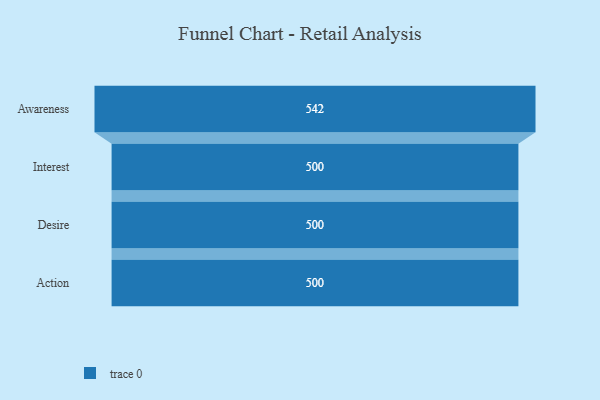
{"axis": {"x": "Stage", "y": "Value"}, "legend": [""], "data": [{"x": "Awareness", "y": 542.0, "type": ""}, {"x": "Interest", "y": 500, "type": ""}, {"x": "Desire", "y": 500, "type": ""}, {"x": "Action", "y": 500, "type": ""}]}